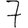
Digit: 7